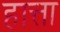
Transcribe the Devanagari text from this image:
हात्ता